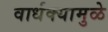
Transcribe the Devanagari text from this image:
वार्धक्यामुळे